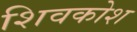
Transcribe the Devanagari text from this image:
शिवकोश